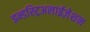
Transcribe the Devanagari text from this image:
इन्डस्ट्रिअलाईज़ेशन